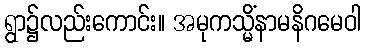
ရွာ၌လည်းကောင်း။ အမုကသ္မိံနာမနိဂမေဝါ